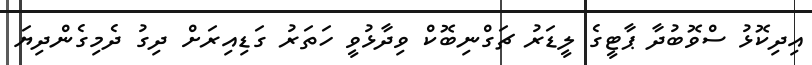
އިދިކޮޅު ސްވޮބުދާ ޕާޓީގެ ލީޑަރު ޗަގްނިބޮކް ވިދާޅުވީ ހަތަރު ގަޑިއިރަށް ދިގު ދެމިގެންދިޔަ